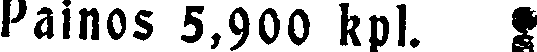
Painos 5,900 Kpl. #